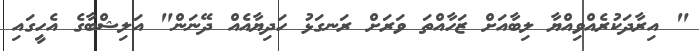
" އިރާދަކުރެއްވިއްޔާ ލިބާއަށް ޒަހާއްތަ ވަރަށް ރަނގަޅު ހަދިޔާއެއް ދޭނަން" އަލިޝްބާގެ އެހީގައި